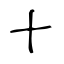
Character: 十